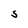
Character: 5